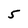
Character: 5